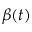
\beta ( t )